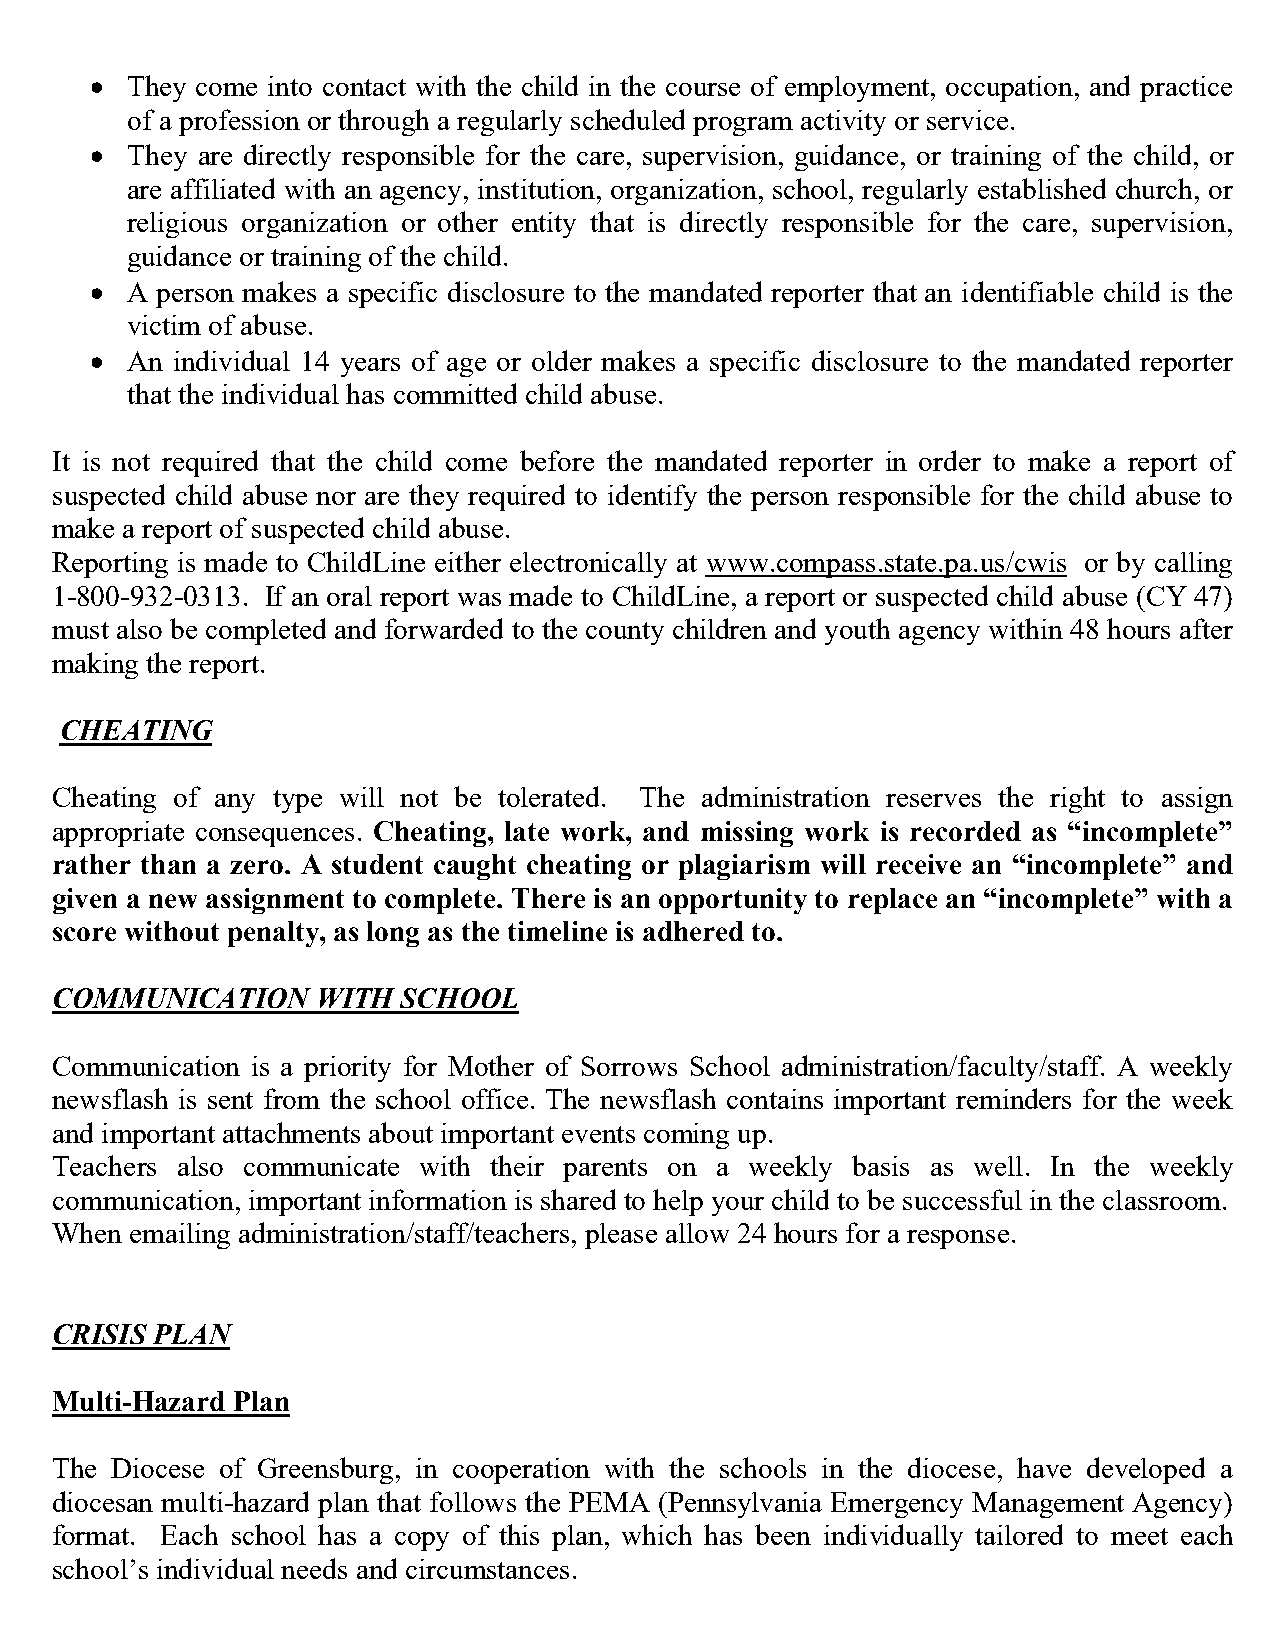
• They come into contact with the child in the course of employment, occupation, and practice
 of a profession or through a regularly scheduled program activity or service.
 • They are directly responsible for the care, supervision, guidance, or training of the child, or
 are affiliated with an agency, institution, organization, school, regularly established church, or
 religious organization or other entity that is directly responsible for the care, supervision,
 guidance or training of the child.
 • A person makes a specific disclosure to the mandated reporter that an identifiable child is the
 victim of abuse.
 • An individual 14 years of age or older makes a specific disclosure to the mandated reporter
 that the individual has committed child abuse.
 It is not required that the child come before the mandated reporter in order to make a report of
 suspected child abuse nor are they required to identify the person responsible for the child abuse to
 make a report of suspected child abuse.
 Reporting is made to ChildLine either electronically at www.compass.state.pa.us/cwis or by calling
 1-800-932-0313. If an oral report was made to ChildLine, a report or suspected child abuse (CY 47)
 must also be completed and forwarded to the county children and youth agency within 48 hours after
 making the report.
 CHEATING
 Cheating of any type will not be tolerated. The administration reserves the right to assign
 appropriate consequences. Cheating, late work, and missing work is recorded as “incomplete”
 rather than a zero. A student caught cheating or plagiarism will receive an “incomplete” and
 given a new assignment to complete. There is an opportunity to replace an “incomplete” with a
 score without penalty, as long as the timeline is adhered to.
 COMMUNICATION     WITH  SCHOOL
 Communication is a priority for Mother of Sorrows School administration/faculty/staff. A weekly
 newsflash is sent from the school office. The newsflash contains important reminders for the week
 and important attachments about important events coming up.
 Teachers also communicate with their parents on a weekly basis as well. In the weekly
 communication, important information is shared to help your child to be successful in the classroom.
 When  emailing administration/staff/teachers, please allow 24 hours for a response.
 CRISIS PLAN
 Multi-Hazard Plan
 The Diocese of Greensburg, in cooperation with the schools in the diocese, have developed a
 diocesan multi-hazard plan that follows the PEMA (Pennsylvania Emergency Management Agency)
 format. Each school has a copy of this plan, which has been individually tailored to meet each
 school’s individual needs and circumstances.